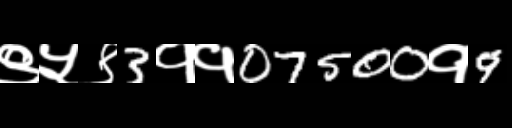
Text: ९५९3११07500१9